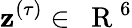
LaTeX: \textbf{z}^{(\tau)}\in{\mathrm{~\mathbf~R~}}^{6}